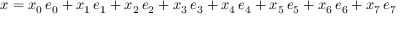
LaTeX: x = x _ { 0 } \, e _ { 0 } + x _ { 1 } \, e _ { 1 } + x _ { 2 } \, e _ { 2 } + x _ { 3 } \, e _ { 3 } + x _ { 4 } \, e _ { 4 } + x _ { 5 } \, e _ { 5 } + x _ { 6 } \, e _ { 6 } + x _ { 7 } \, e _ { 7 }